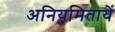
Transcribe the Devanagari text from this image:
अनियमितायें